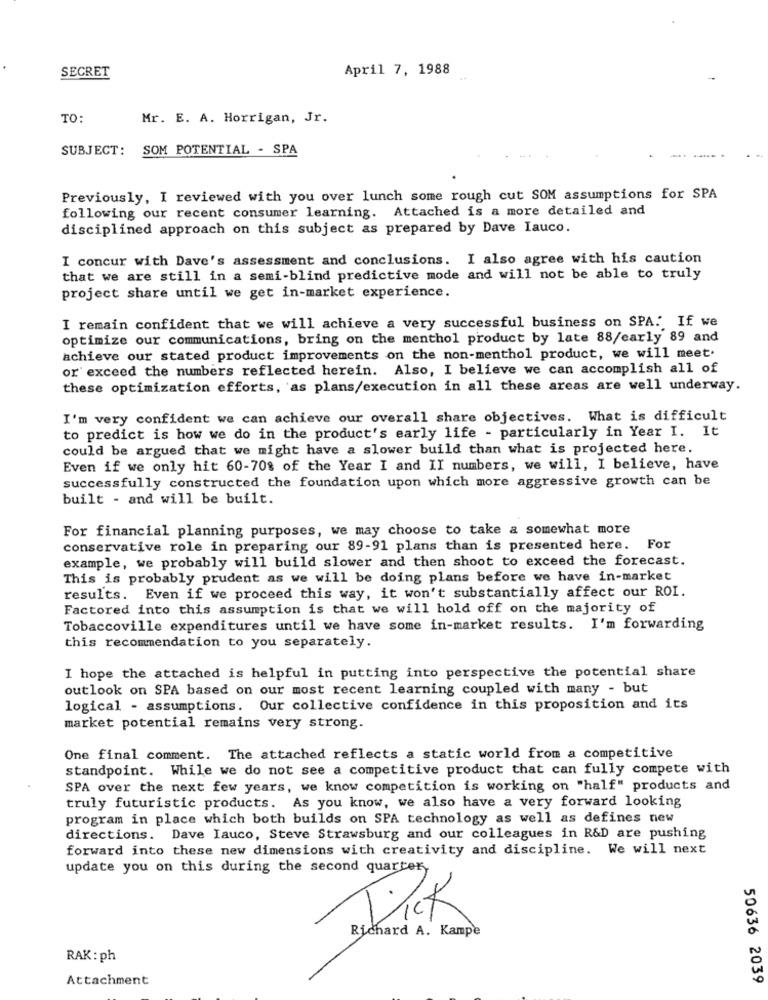
April 7, 1988
SECRET
TO:
Mr. E. A. Horrigan, Jr.
SUBJECT: SOM POTENTIAL - SPA
Previously, I reviewed with you over lunch some rough cut SOM assumptions for SPA
following our recent consumer learning. Attached is a more detailed and
disciplined approach on this subject as prepared by Dave Iauco.
I concur with Dave's assessment and conclusions. I also agree with his caution
that we are still in a semi-blind predictive mode and will not be able to truly
project share until we get in-market experience.
I remain confident that we will achieve a very successful business on SPA. If we
optimize our communications, bring on the menthol product by late 88/early 89 and
achieve our stated product improvements on the non-menthol product, we will meet.
or exceed the numbers reflected herein. Also, I believe we can accomplish all of
these optimization efforts, as plans/execution in all these areas are well underway.
I'm very confident we can achieve our overall share objectives. What is difficult
to predict is how we do in the product's early life - particularly in Year I. It
could be argued that we might have a slower build than what is projected here.
Even if we only hit 60-70% of the Year I and II numbers, we will, I believe, have
successfully constructed the foundation upon which more aggressive growth can be
built - and will be built.
For financial planning purposes, we may choose to take a somewhat more
conservative role in preparing our 89-91 plans than is presented here. For
example, we probably will build slower and then shoot to exceed the forecast.
This is probably prudent as we will be doing plans before we have in-market
results. Even if we proceed this way, it won't substantially affect our ROI.
Factored into this assumption is that we will hold off on the majority of
Tobaccoville expenditures until we have some in-market results. I'm forwarding
this recommendation to you separately.
I hope the attached is helpful in putting into perspective the potential share
outlook on SPA based on our most recent learning coupled with many - but
logical - assumptions. Our collective confidence in this proposition and its
market potential remains very strong.
One final comment. The attached reflects a static world from a competitive
standpoint. While we do not see a competitive product that can fully compete with
SPA over the next few years, we know competition is working on "half" products and
truly futuristic products. As you know, we also have a very forward looking
program in place which both builds on SPA technology as well as defines new
directions. Dave Iauco, Steve Strawsburg and our colleagues in R&D are pushing
forward into these new dimensions with creativity and discipline. We will next
update you on this during the second quarter
Dick
Richard A. Kampe
RAK :ph
Attachment
50636 2039